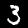
Label: 3